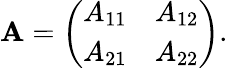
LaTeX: \mathbf{A}={\left(\begin{array}{ll}{A_{11}}&{A_{12}}\\ {A_{21}}&{A_{22}}\end{array}\right)}.